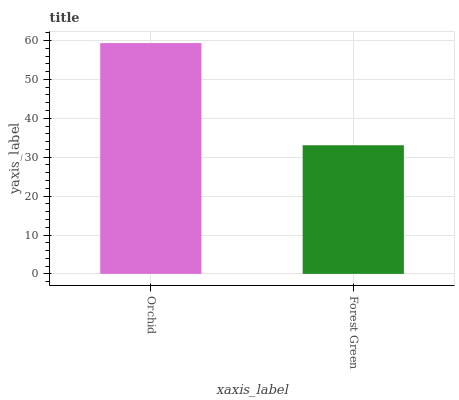
| xaxis_label | bars |
 | --- | --- |
 | Orchid | 59.4 |
 | Forest Green | 33.1 |